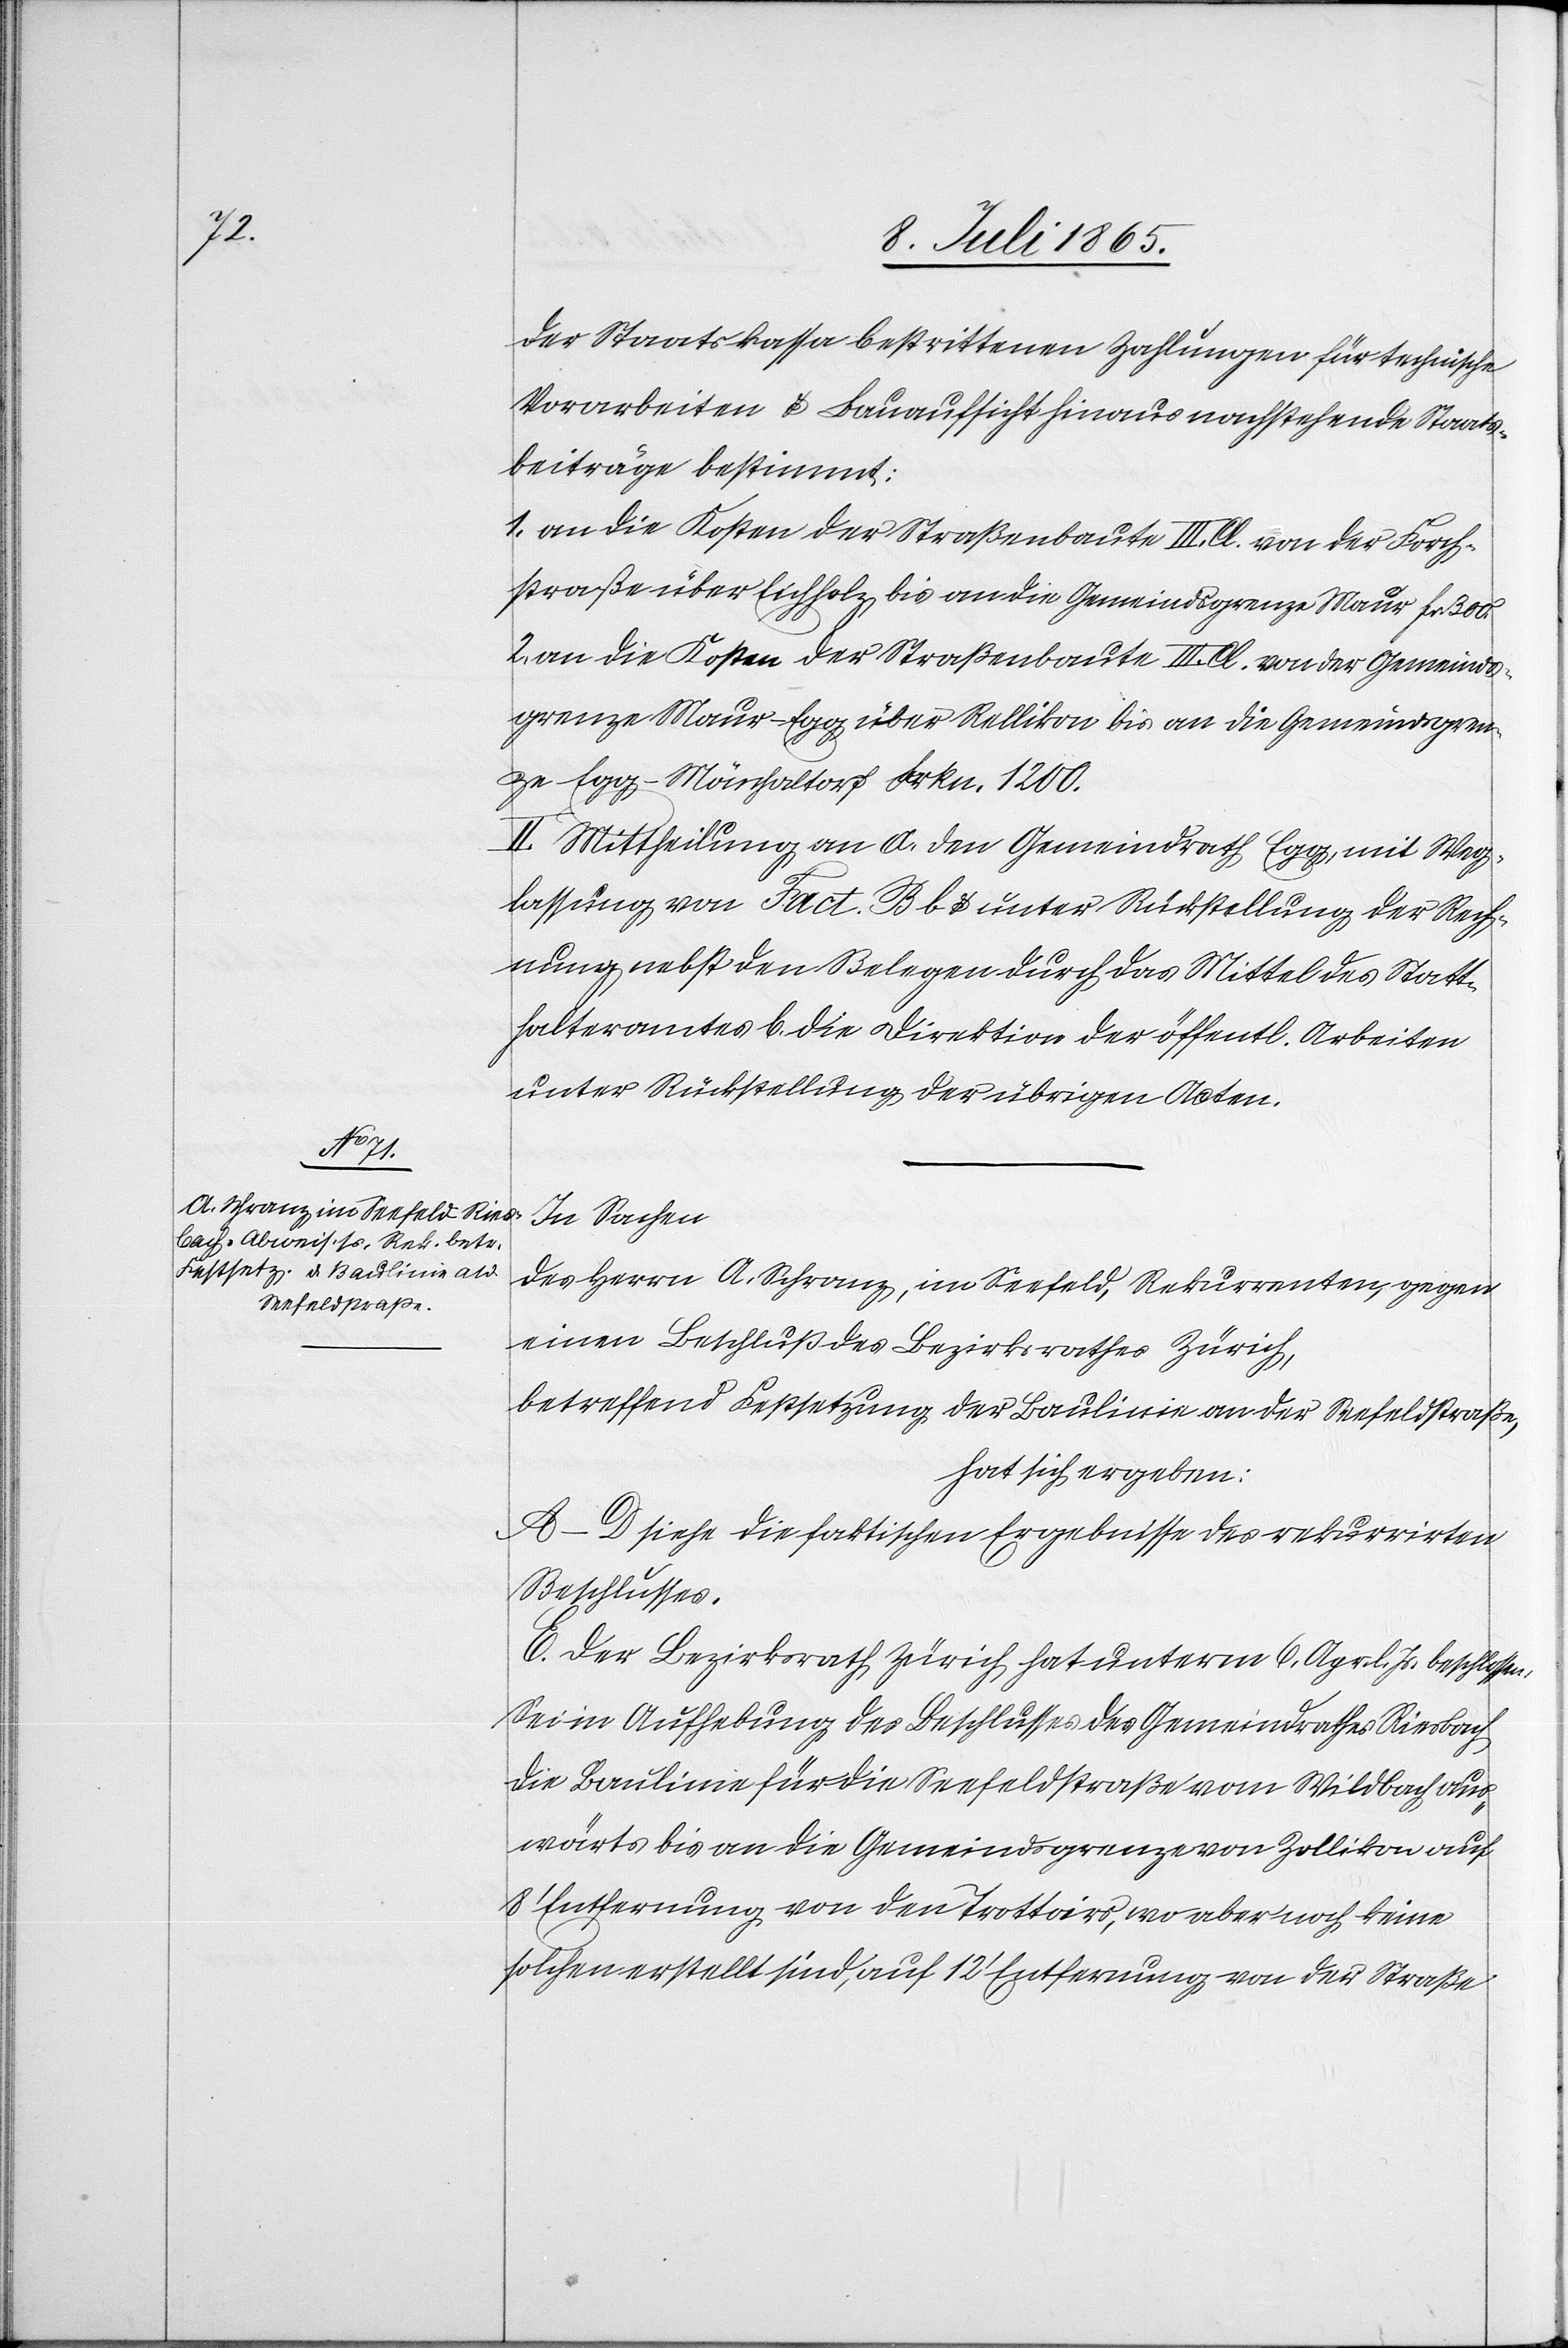
der Staatskassa bestrittenen Zahlungen für technische
Vorarbeiten u. Bauaufsicht hinaus nachstehende Staats¬
beiträge bestimmt:
1. an die Kosten der Straßenbaute III. Cl. von der Forch¬
straße über Eichholz, bis an die Gemeindsgrenze Maur fr. 300.
2. an die Kosten der Straßenbaute III. Cl. von der Gemeinds¬
grenze Maur-Egg über Rellikon bis an die Gemeindsgren¬
ze Egg-Mönchaltorf Frkn. 1200.
II. Mittheilung an a. den Gemeindrath Egg, mit Weg¬
lassung von Fact. B b u. unter Rückstellung der Rech¬
nung nebst den Belegen durch das Mittel des Statt¬
halteramtes[,] b. die Direktion der öffentl. Arbeiten
unter Rückstellung der übrigen Acten.
In Sachen
des Herrn A. Schranz, im Seefeld, Rekurrenten, gegen
einen Beschluß des Bezirksrathes Zürich,
betreffend Festsetzung der Baulinie an der Seefeldstraße,
hat sich ergeben:
A–D siehe die faktischen Ergebnisse des rekurrirten
Beschlusses.
E. Der Bezirksrath Zürich hat unterm 6. Apr. l. Js. beschlossen:
Sei in Aufhebung des Beschlusses des Gemeindrathes Riesbach
die Baulinie für die Seefeldstraße vom Wildbach aus¬
wärts bis an die Gemeindsgrenze von Zollikon auf
8’ Entfernung von den Trottoirs, wo aber noch keine
solche erstellt sind, auf 12’ Entfernung von der Straße